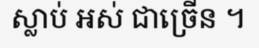
ស្លាប់ អស់ ជាច្រើន ។